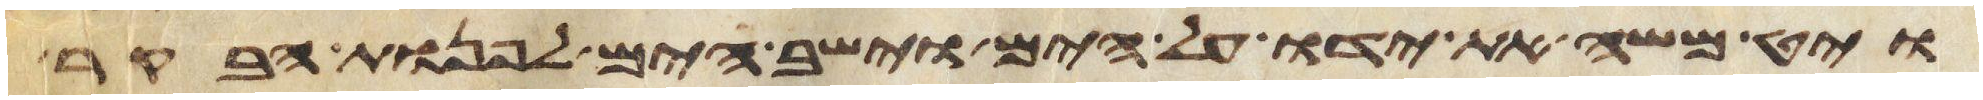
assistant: ויט משה את ידו על הים וישב הים לפנות הבקר